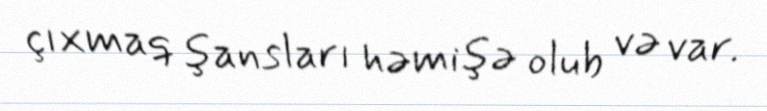
çıxmaq şansları həmişə olub və var.